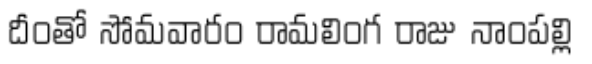
దీంతో సోమవారం రామలింగ రాజు నాంపల్లి